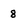
Character: 8